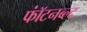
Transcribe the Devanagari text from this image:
फॉंटनब्ल्ट